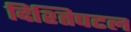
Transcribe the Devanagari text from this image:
दिश्तिपटल